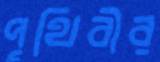
পৃথিবীর